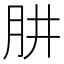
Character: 肼